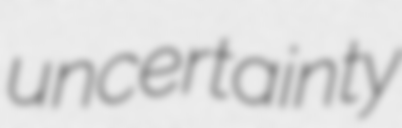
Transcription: uncertainty